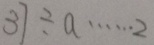
3 7 \div a \cdots 2